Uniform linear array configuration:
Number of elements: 4
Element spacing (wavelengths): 0.5
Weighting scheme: uniform
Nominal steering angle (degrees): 15
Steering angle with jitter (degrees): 16.991
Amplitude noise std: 0.05
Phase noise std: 0.05

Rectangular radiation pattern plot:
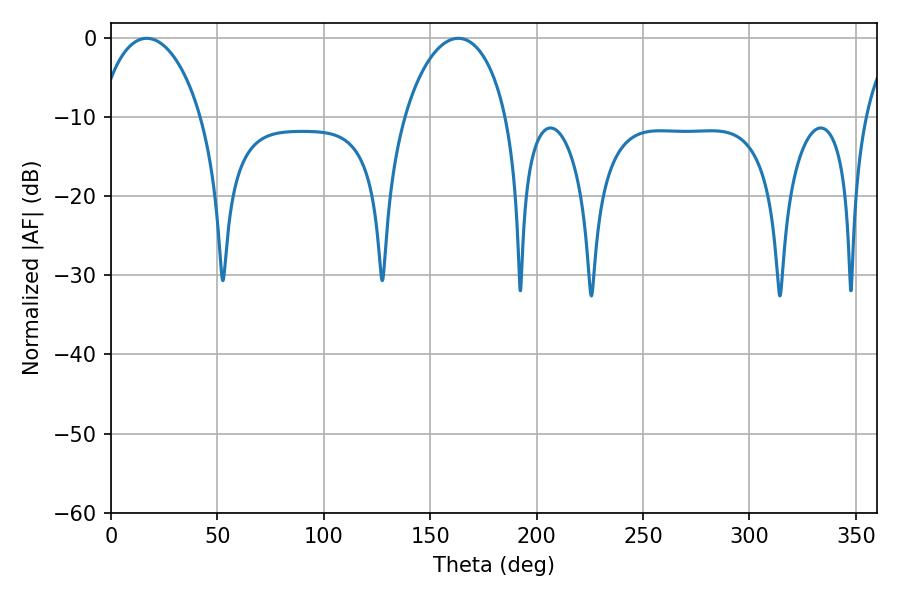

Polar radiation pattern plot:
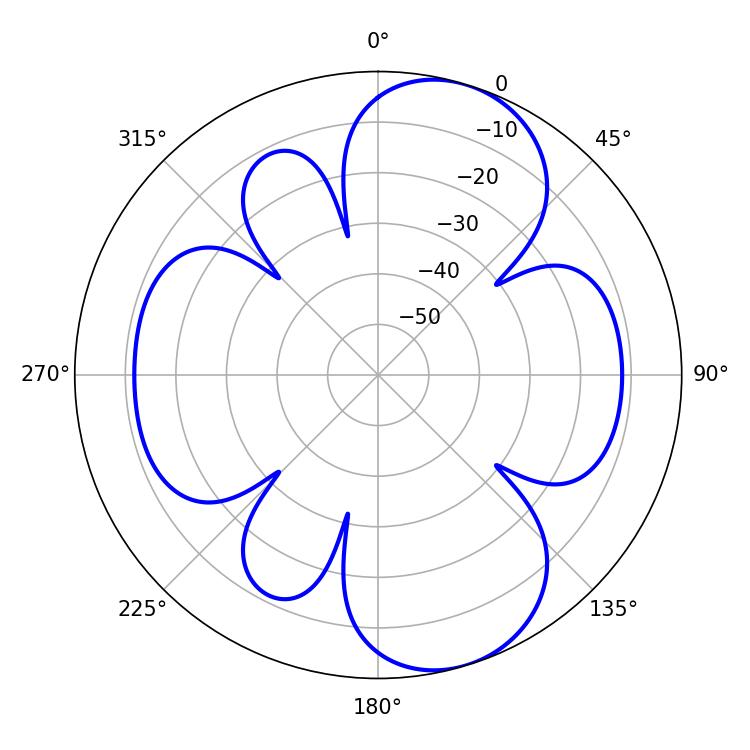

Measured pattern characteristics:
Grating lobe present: FALSE
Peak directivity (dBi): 8.784
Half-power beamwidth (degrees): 27.54
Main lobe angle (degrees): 16.74